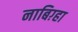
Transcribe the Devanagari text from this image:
नाबिग़्हा